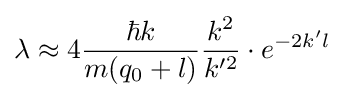
\lambda \approx 4{\frac {\hbar k}{m(q_{0}+l)}}{\frac {k^{2}}{k'^{2}}}\cdot e^{-2k'l}